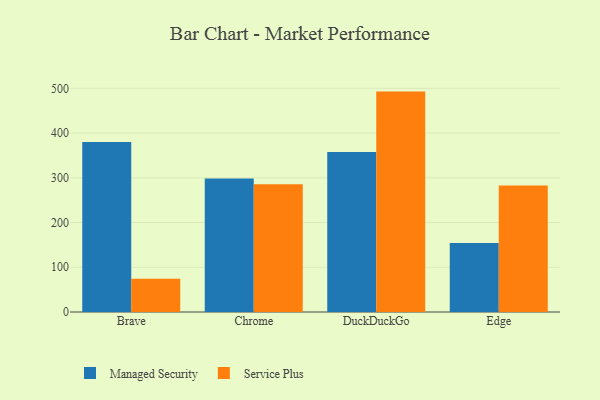
{"axis": {"x": "Browser", "y": "Backlog"}, "legend": ["Managed Security", "Service Plus"], "data": [{"x": "Brave", "y": 380.3, "type": "Managed Security"}, {"x": "Brave", "y": 74.3, "type": "Service Plus"}, {"x": "Chrome", "y": 298.4, "type": "Managed Security"}, {"x": "Chrome", "y": 285.5, "type": "Service Plus"}, {"x": "DuckDuckGo", "y": 357.8, "type": "Managed Security"}, {"x": "DuckDuckGo", "y": 492.7, "type": "Service Plus"}, {"x": "Edge", "y": 154.0, "type": "Managed Security"}, {"x": "Edge", "y": 282.6, "type": "Service Plus"}]}